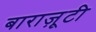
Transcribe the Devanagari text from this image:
बाराज़ूटी